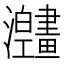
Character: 𱱅